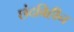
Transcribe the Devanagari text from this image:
छंदविहीन